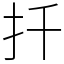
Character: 扦